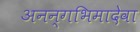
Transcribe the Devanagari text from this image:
अनन्गभिमादेवा